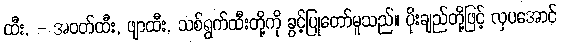
ထီး, - အဝတ်ထီး, ဖျာထီး, သစ်ရွက်ထီးတို့ကို ခွင့်ပြုတော်မူသည်။ ပိုးချည်တို့ဖြင့် လှပအောင်